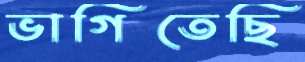
ভাগিতেছি